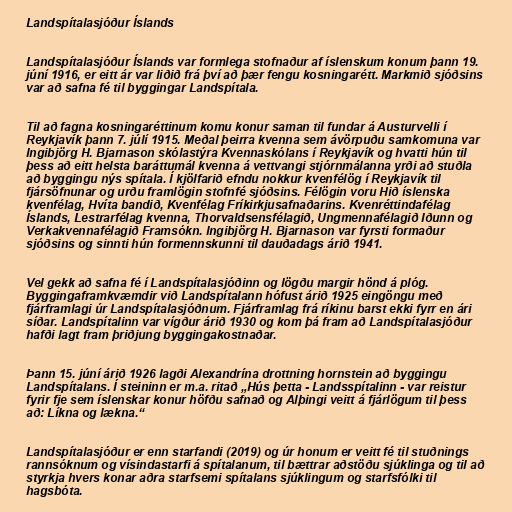
Landspítalasjóður Íslands

Landspítalasjóður Íslands var formlega stofnaður af íslenskum konum þann 19.
júní 1916, er eitt ár var liðið frá því að þær fengu kosningarétt. Markmið sjóðsins
var að safna fé til byggingar Landspítala.

Til að fagna kosningaréttinum komu konur saman til fundar á Austurvelli í
Reykjavík þann 7. júlí 1915. Meðal þeirra kvenna sem ávörpuðu samkomuna var
Ingibjörg H. Bjarnason skólastýra Kvennaskólans í Reykjavík og hvatti hún til
þess að eitt helsta baráttumál kvenna á vettvangi stjórnmálanna yrði að stuðla
að byggingu nýs spítala. Í kjölfarið efndu nokkur kvenfélög í Reykjavík til
fjársöfnunar og urðu framlögin stofnfé sjóðsins. Félögin voru Hið íslenska
kvenfélag, Hvíta bandið, Kvenfélag Fríkirkjusafnaðarins. Kvenréttindafélag
Íslands, Lestrarfélag kvenna, Thorvaldsensfélagið, Ungmennafélagið Iðunn og
Verkakvennafélagið Framsókn. Ingibjörg H. Bjarnason var fyrsti formaður
sjóðsins og sinnti hún formennskunni til dauðadags árið 1941.

Vel gekk að safna fé í Landspítalasjóðinn og lögðu margir hönd á plóg.
Byggingaframkvæmdir við Landspítalann hófust árið 1925 eingöngu með
fjárframlagi úr Landspítalasjóðnum. Fjárframlag frá ríkinu barst ekki fyrr en ári
síðar. Landspítalinn var vígður árið 1930 og kom þá fram að Landspítalasjóður
hafði lagt fram þriðjung byggingakostnaðar.

Þann 15. júní árið 1926 lagði Alexandrína drottning hornstein að byggingu
Landspítalans. Í steininn er m.a. ritað „Hús þetta - Landsspítalinn - var reistur
fyrir fje sem íslenskar konur höfðu safnað og Alþingi veitt á fjárlögum til þess
að: Líkna og lækna.“

Landspítalasjóður er enn starfandi (2019) og úr honum er veitt fé til stuðnings
rannsóknum og vísindastarfi á spítalanum, til bættrar aðstöðu sjúklinga og til að
styrkja hvers konar aðra starfsemi spítalans sjúklingum og starfsfólki til
hagsbóta.